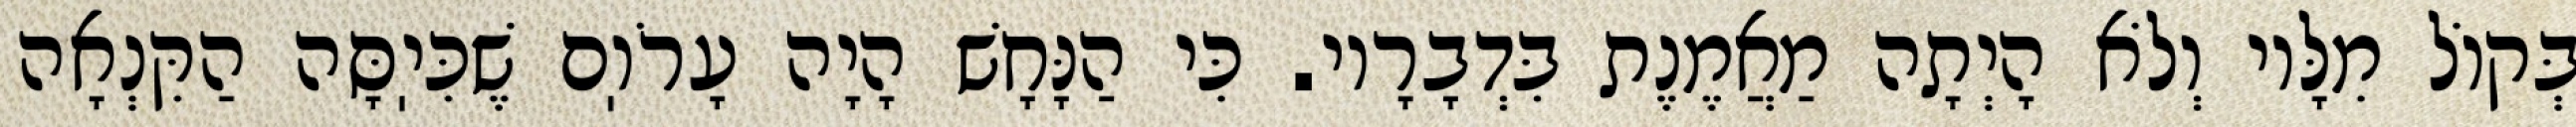
בְּקוֹל מִלָּיו וְלֹא הָיְתָה מַאֲמֶנֶת בִּדְבָרָיו. כִּי הַנָּחָשׁ הָיָה עָרֹוֽם שֶׁכִּיֽסָּה הַקִּנְאָה